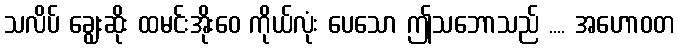
သလိပ် ချွေးဆိုး ထမင်းအိုးဝေ ကိုယ်လုံး ပေသော ဤသဘောသည် .... အဟောဝတ